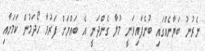
ނެރުނު ބަޔާނެއްގައި ބުނެފައިވަނީ މުލާ ގެންދަނީ އެ ބައްޔަށް ފަރުވާ ހޯދަމުން ކަމަށާއި